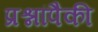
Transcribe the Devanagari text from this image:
प्रश्नांपैकी